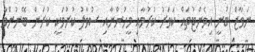
ނަވާޒް ބުނީ އިވެންޓުތައް ކަވަރު ކުރުމާއި މީހުންނާއި ސުވާލު ކުރުމަކީ ކުރަން ބޭނުންވާ